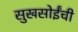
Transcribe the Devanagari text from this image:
सुखसोईंची